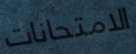
الامتحانات